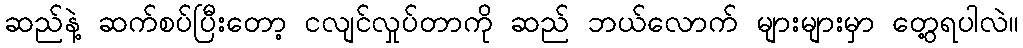
ဆည်နဲ့ ဆက်စပ်ပြီးတော့ ငလျင်လှုပ်တာကို ဆည် ဘယ်လောက် များများမှာ တွေ့ရပါလဲ။